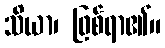
သိယာ၊ ဖြစ်ရာ၏။